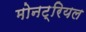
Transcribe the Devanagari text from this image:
मोनट्रियल